Vaccination in the Punjab 1867-1880 - 1867-1880
Year: 1867
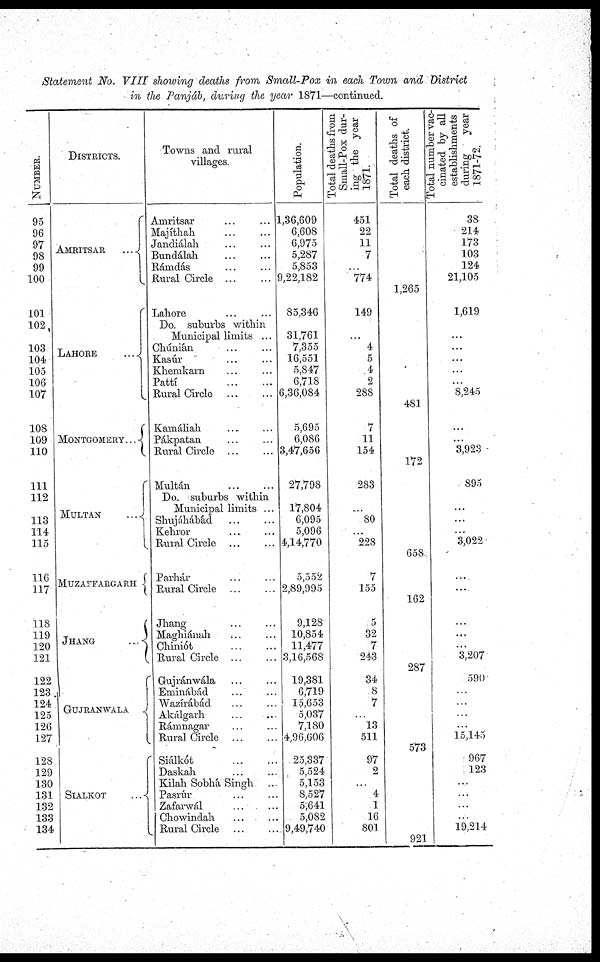
Statement No. VIII showing deaths from Small-Pox in each Town and District
in the Panjáb, during the year 1871—continued.
NUMBER.
95
96
97
98
99
100
101
102
103
104.
105
106
107
108
109
110
111
112
113
114
115
116
117
118
119
120
121
122
123
124
125
126
127
128
129
130
131
132
133
134
DISTRICTS.
AMRITSAR ...
LAHORE ...
MONTGOMERY ...
MULTAN ...
MUZAVFARGARH
JHANG
...
GUJRANWALA ...
SIALKOT
...
Towns and rural
villages.
Amritsar ... ...
Majíthah
...
...
Jandiálah ... ...
Bundálah ... ...
Rámdás ... ...
Rural Circle ... ...
Lahore ... ...
Do. suburbs within
Municipal limits ...
Chúnián ... ...
Kasúr ... ...
Khemkarn ... ...
Pattí
...
...
Rural Circle ... ...
Kamáliah ... ...
Pákpatan ... ...
Rural Circle ... ...
Multán
...
...
Do. suburbs within
Municipal limits ...
Shujáhábád
...
...
Kehror ... ...
Rural Circle ... ...
Parhár ... ...
Rural Circle ... ...
Jhang ... ...
Maghiánah ... ...
Chiniót ... ...
Rural Circle ... ...
Gujránwála ... ...
Eminábiád
...
...
Wazíráloád ... ...
Akálgarh ... ...
Rámnagar ... ...
Rural Circle ... ...
Siálkót
...
...
Daskah ... ...
Kilah Sobhá Singh ..
Pasrúr ... ...
Zafarwál ... ...
Chowindah ... ...
Rural Circle ... ...
Population.
1,36,609
6,608
6,975
5,287
5,853
9,22,182
85,346
31,761
7,355
16,551
5,847
6,718
6,36,084
5,695
6,086
3,47,656
27,798
17,804
6,095
5,096
4,14,770
5,552
2,89,995
9,128
10,854
11,477
3,16,568
19,381
6,719
15,653
5,037
7,180
4,96,606
25,337
5,524
5,153
8,527
5,641
5,082
9,49,740
Total deaths from
Small-Pox dur-
ing the year
1871.
451
22
11
7
...
774
149
...
4
5
4
2
288
7
11
154
283
...
80
...
228
7
155
5
32
7
243
34
8
7
...
13
511
97
2
...
4
1
16
801
Total deaths of
each district.
1,265
481
172
658
162
287
573
921
Total number vac-
cinated by all
establishments
during
year
1871-72.
38
214
173
103
124
21,105
1,619
...
...
...
...
8,245
...
...
3,923
895
...
...
...
3,022
...
...
...
...
...
3,207
590
...
...
...
...
15,145
967
123
...
...
...
...
19,214